Medical and sanitary report of the native army of Madras for the year
Year: 1877
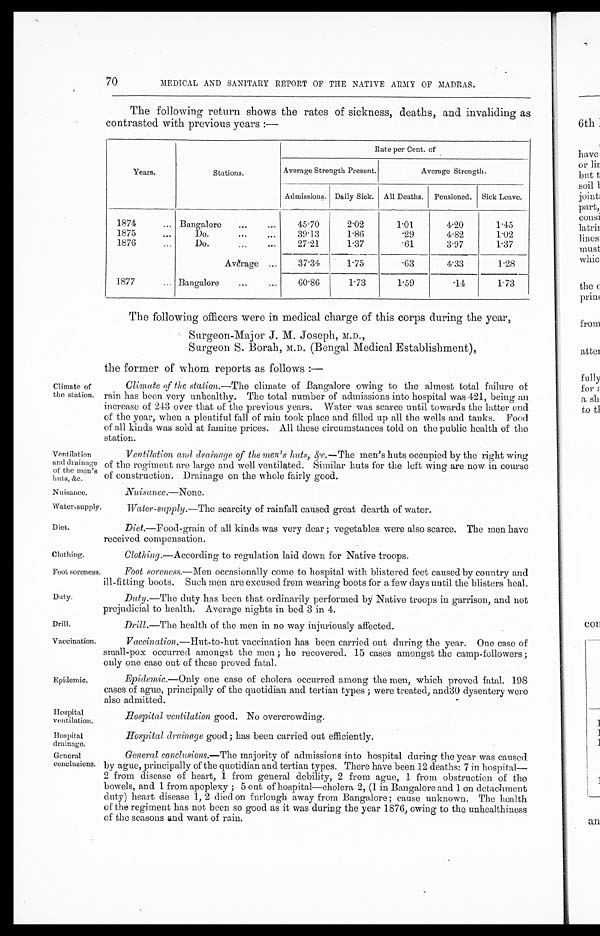
Ventilation
and drainage
of the men's
huts, &c.
Nuisance.
Foot soreness.
Duty.
Drill.
Vaccination.
Epidemic.
Hospital
ventilation.
Hospital
drainage.
General
conclusions.
70
Cl ima te of
the station.
MEDICAL AND SANITARY REPORT OF THE NATIVE ARMY OF MADRAS.
The following return shows the rates of sickness, deaths, and invaliding as
contrasted with previous years :—
Years.
Stations.
Rate per Cent. of
Average Strength Present.
Average Strength.
Admissions. Daily Sick. All Deaths.
Pensioned.
Sick Leave.
1874
... Bangalore
...
...
45.70
2.02
1.01
4.20
1.45
1875
...
Do.
... ...
39.13
1.86
.29
4.82
1.02
1876
...
D o .
... ...
27.21
1.37
.61
3.97
1.37
A v e r a g e . . .
37.34
1.75
.63
4.33
1.28
1877
... Bangalore
...
...
60.86
1.73
1.59
.14
1.73
The following officers were in medical charge of this corps during the year,
Surgeon-Major J. M. Joseph, M.D. ,
Surgeon S. Borah, M.D. (Bengal Medical Establishment),
the former of whom reports as follows :—
Climate of the station.—The climate of Bangalore owing to the almost total failure of
rain has been very unhealthy. The total number of admissions into hospital was 421, being an
increase of 243 over that of the previous years. Water was scarce until towards the latter end
of the year, when a plentiful fall of rain took place and filled up all the wells and tanks. Food
of all kinds was sold at famine prices. All these circumstances told on the public health of the
station.
Ventilation aml drainage of the men's huts, &c.— The men's huts occupied by the right wing
of the regiment are large and well ventilated. Similar huts for the left wing are now in course
of construction. Drainage on the whole fairly good.
Nuisance.— None.
Water-supply.
Water-supply.—The scarcity of rainfall caused great dearth of water.
Diet.
Diet. —Food-grain of all kinds was very dear ; vegetables were also scarce. The men have
received compensation.
Clothing.
Clothing .— According to regulation laid down for Native troops.
Foot soreness.—Men occasionally come to hospital with blistered feet caused by country and
ill-fitting boots. Such men are excused from wearing boots for a few days until the blisters heal.
Duty.— The duty has been that ordinarily performed by Native troops in garrison, and not
prejudicial to health. Average nights in bed 3 in 4.
Drill.—The health of the men in no way injuriously affected.
Vaccination.—Hut-to-hut vaccination has been carried out during the year. One case of
small-pox occurred amongst the men ; ho recovered. 15 cases amongst the camp-followers ;
only one case out of these proved fatal.
Epidemic.—Only one case of cholera occurred among the men, which proved fatal. 198
cases of ague, principally of the quotidian and tertian types ; were treated, and30 dysentery were
also admitted.
Hospital ventilation good. No overcrowding.
Hospital drainage good; has been carried out efficiently.
General conclusions.— The majority of admissions into hospital during the year was caused
by ague, principally of the quotidian and tertian types. There have been 12 deaths: 7 in hospital-
2 from disease of heart, 1 from general debility, 2 from ague, 1 from obstruction of the
bowels, and 1 from apoplexy ; 5 out of hospital—cholera 2, (1 in Bangalore and 1 on detachment
duty) heart disease 1, 2 died on furlough away from Bangalore ; cause unknown. The health
of the regiment has not been so good as it was during the year 1876, owing to the unhealthiness
of the seasons and want of rain.